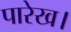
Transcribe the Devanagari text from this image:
पारेख।